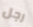
رجل